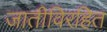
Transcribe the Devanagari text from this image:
जातीविरहित